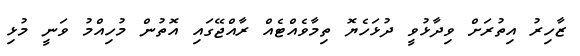
ޒާހިރު އިތުރަށް ވިދާޅުވީ ދުޅަހެޔޮ ތިމާވެއްޓެއް ރާއްޖޭގައި އޮތުން މުހިއްމު ވަނީ މުޅި